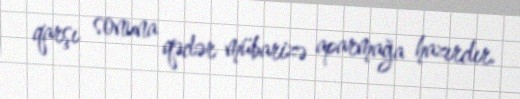
qarşı sonuna qədər mübarizə aparmağa hazırdır.